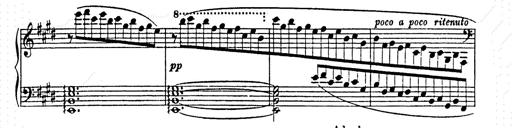
Title: AnnÃ©es de pÃ¨lerinage II
Composer: Franz Liszt